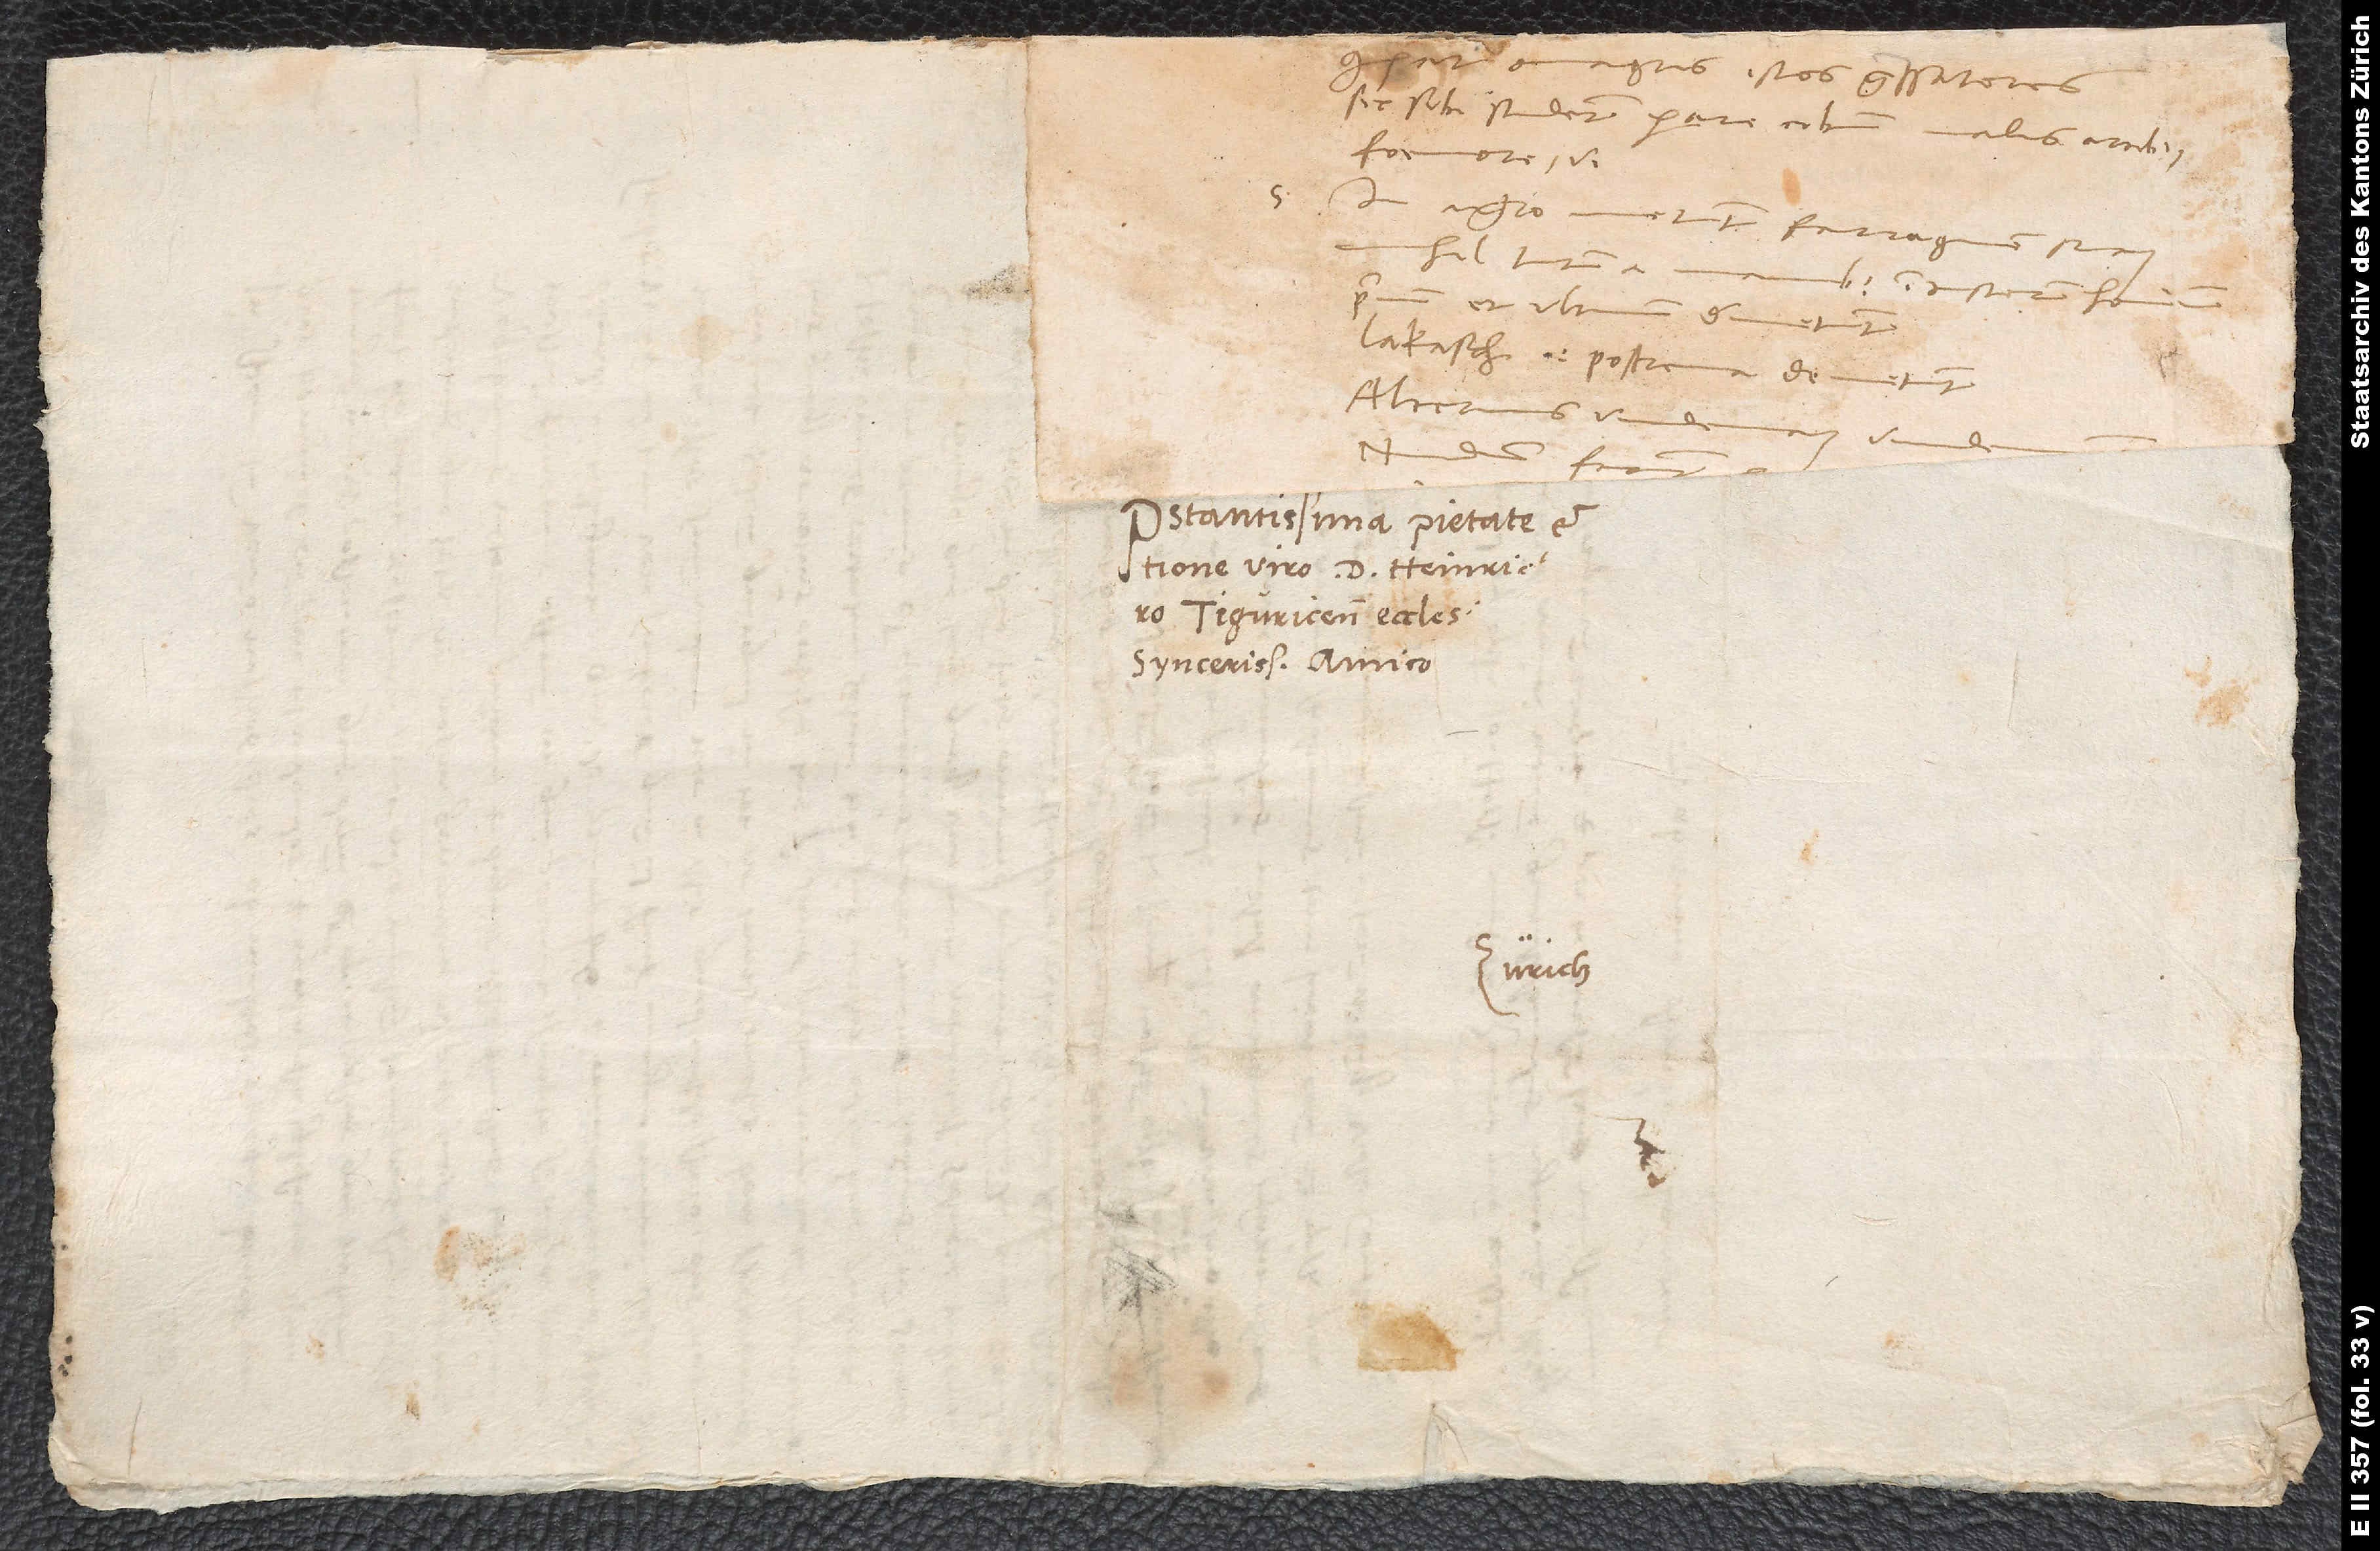
Praestantissima pietate et
Zürich.